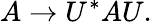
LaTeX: A\rightarrow U^{*}AU.